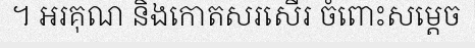
។ អរគុណ និងកោតសរសើរ ចំពោះសម្តេច